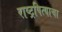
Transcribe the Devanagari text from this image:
राष्ट्रपित्याचा